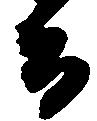
而